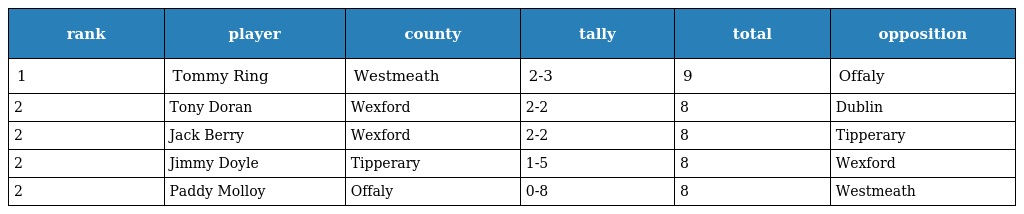
| rank | player | county | tally | total | opposition |
 | --- | --- | --- | --- | --- | --- |
 | 1 | Tommy Ring | Westmeath | 2-3 | 9 | Offaly |
 | 2 | Tony Doran | Wexford | 2-2 | 8 | Dublin |
 | 2 | Jack Berry | Wexford | 2-2 | 8 | Tipperary |
 | 2 | Jimmy Doyle | Tipperary | 1-5 | 8 | Wexford |
 | 2 | Paddy Molloy | Offaly | 0-8 | 8 | Westmeath |